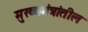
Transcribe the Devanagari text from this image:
मुख्यमंत्रांतील